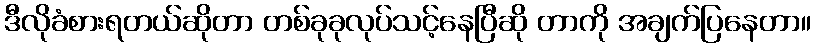
ဒီလိုခံစားရတယ်ဆိုတာ တစ်ခုခုလုပ်သင့်နေပြီဆို တာကို အချက်ပြနေတာ။